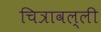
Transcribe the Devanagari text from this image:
चित्रावल्ली